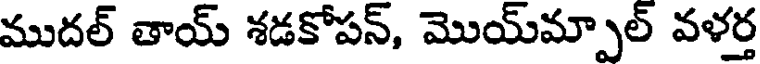
ముదల్ తాయ్ శడకోపన్, మొయ్మ్పాల్ వళర్త